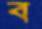
ব